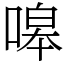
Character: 嗥